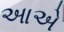
આએ